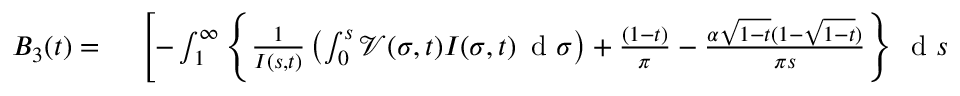
\begin{array} { r l } { B _ { 3 } ( t ) = } & { { } \; \left[ - \int _ { 1 } ^ { \infty } \left\{ \frac { 1 } { I ( s , t ) } \left( \int _ { 0 } ^ { s } \mathcal { V } ( \sigma , t ) I ( \sigma , t ) \, \mathrm { ~ d ~ } \sigma \right) + \frac { ( 1 - t ) } { \pi } - \frac { \alpha \sqrt { 1 - t } ( 1 - \sqrt { 1 - t } ) } { \pi s } \right\} \, \mathrm { ~ d ~ } s \right. } \end{array}